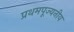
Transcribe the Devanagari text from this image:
प्रथमपूज्यनीय